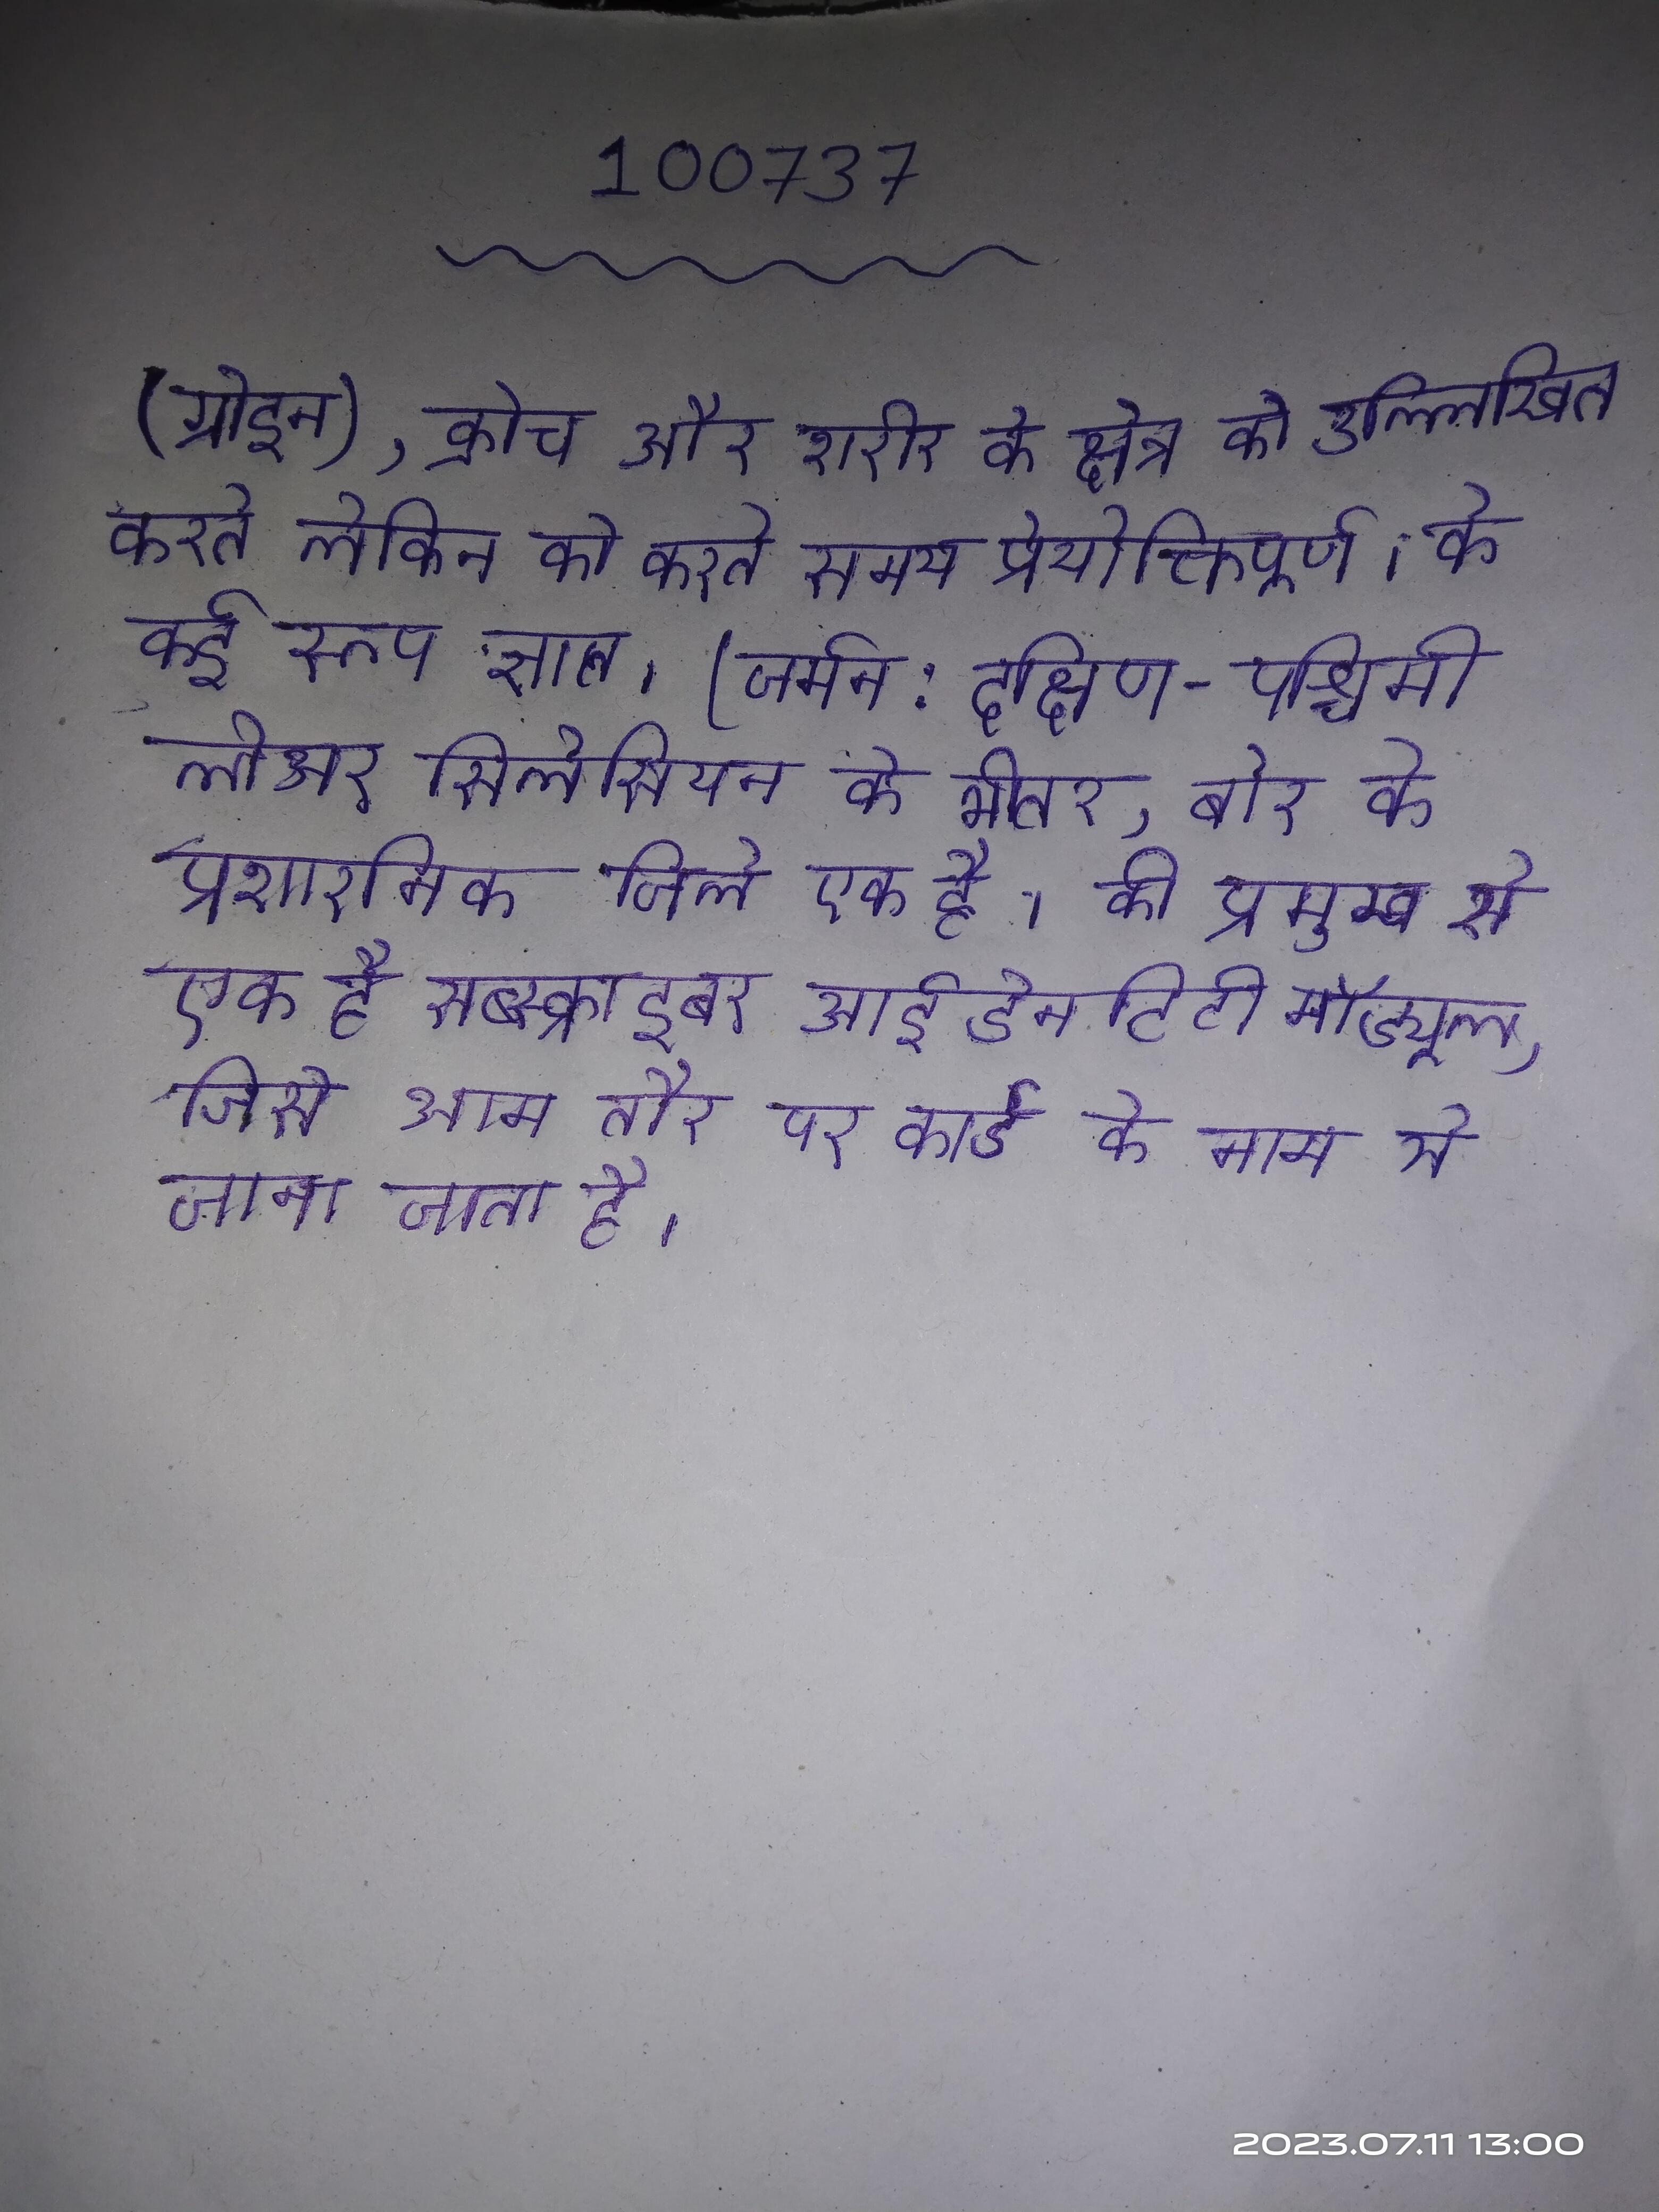
(ग्रोइन), क्रोच और शरीर के क्षेत्र को उल्लिखित करते लेकिन को करते समय प्रेयोक्तिपूर्ण । के कई रूप ज्ञात । (जर्मन: दक्षिण-पश्चिमी लोअर सिलेसियन के भीतर, बोर के प्रशासनिक जिले एक है । की प्रमुख से एक है सब्स्क्राइबर आईडेनटिटी मॉड्यूल, जिसे आम तौर पर कार्ड के नाम से जाना जाता है ।